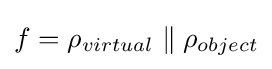
f=\rho _{virtual}\parallel \rho _{object}